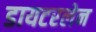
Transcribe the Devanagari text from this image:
डायटरलेन